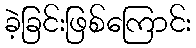
ခဲ့ခြင်းဖြစ်ကြောင်း